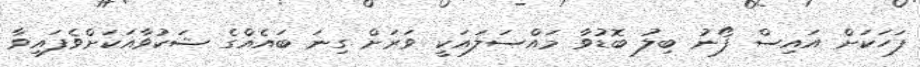
ފަހަކަށް އައިސް ފޯނު ބިލު ބޮޑުވާ މައްސަލައަކީ ވަރަށް ގިނަ ބައެއްގެ ޝަކުވާއަކަށްވެފައިވާ